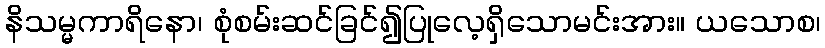
နိသမ္မကာရိနော၊ စုံစမ်းဆင်ခြင်၍ပြုလေ့ရှိသောမင်းအား။ ယသောစ၊